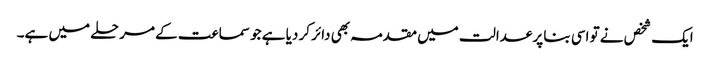
ایک شخص نے تو اسی بنا پر عدالت میں مقدمہ بھی دائر کر دیا ہے جو سماعت کے مرحلے میں ہے۔